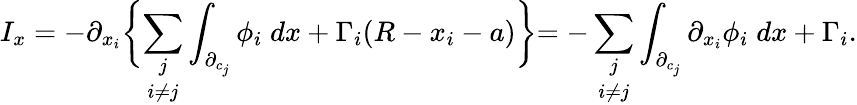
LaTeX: I_{x}=-\partial_{x_{i}}\biggl\{ \underset{i\neq j}{\sum_{j}}\int_{\partial_{c_{j}}}\phi_{i}\; dx+\Gamma_{i}(R-x_{i}-a)\biggl\} =-\underset{i\neq j}{\sum_{j}}\int_{\partial_{c_{j}}}\partial_{x_{i}}\phi_{i}\; dx+\Gamma_{i}.